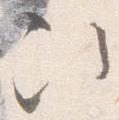
次